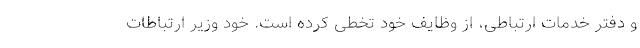
و دفتر خدمات ارتباطی، از وظایف خود تخطی کرده است. خود وزیر ارتباطات